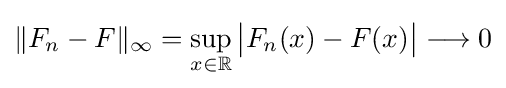
\|F_{n}-F\|_{\infty }=\sup _{x\in \mathbb {R} }{\bigl |}F_{n}(x)-F(x){\bigr |}\longrightarrow 0